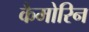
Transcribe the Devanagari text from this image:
कैमोरिन